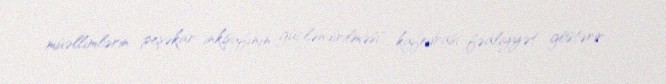
müəllimlərin peşəkar inkişafının gücləndirilməsi" kafedrası fəaliyyət göstərir.